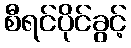
စီရင်ပိုင်ခွင့်